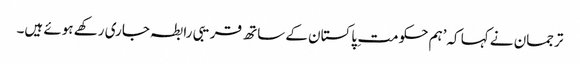
ترجمان نے کہا کہ’ہم حکومت ِ پاکستان کے ساتھ قریبی رابطہ جاری رکھے ہوئے ہیں۔